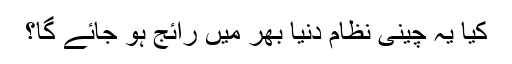
کیا یہ چینی نظام دنیا بھر میں رائج ہو جائے گا؟